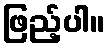
ဖြည့်ပါ။